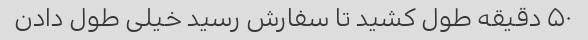
۵۰ دقیقه طول کشید تا سفارش رسید خیلی طول دادن